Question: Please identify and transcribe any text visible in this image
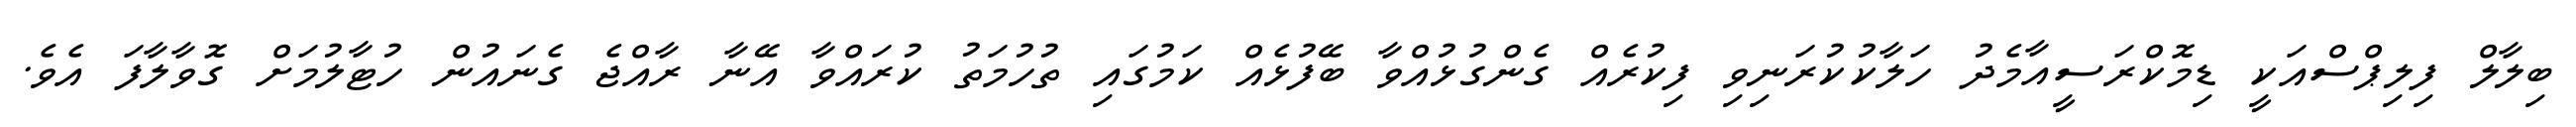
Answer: ބިލާލް ފިލިޕްސްއަކީ ޑިމޮކްރަސީއާމެދު ހަލާކުކުރަނިވި ފިކުރެއް ގެންގުޅުއްވާ ބޭފުޅެއް ކަމުގައި ތުހުމަތު ކުރައްވާ އޭނާ ރާއްޖެ ގެނައުން ހުޓާލުމަށް ގޮވާލާފަ އެވެ.